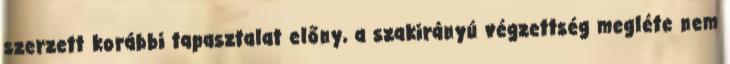
szerzett korábbi tapasztalat előny, a szakirányú végzettség megléte nem